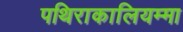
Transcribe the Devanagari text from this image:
पथिराकालियम्मा